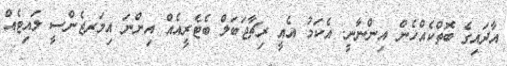
އާދައިގެ ބޮތްކެއްހެން އިންނާނީ. އެކަމު އެއީ ރިޗާޖަބަލް ބެޓެރީއެއް އިންނަ އިމަރޖެންސީ ލައިޓެއް